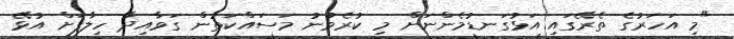
"މި އަހަރުގެ ތެރޭގައި އަޅުގަނޑުމެންނަށް މި ކުރެވުނު މަސައްކަތުން ގަވާއިދާ ހިލާފަށް އުޅޭ